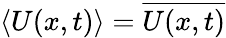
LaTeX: \langle U(x,t)\rangle=\overline{{U(x,t)}}